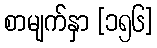
စာမျက်နှာ [၁၅၆]